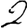
Digit: 2